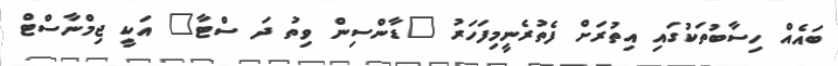
ބައެއް ހިސާބުތަކުގައި އިތުރަށް ފެތުރެނީމިފަހަރު "ޑާންސިން ވިތު ދަ ސްޓާ" އަކީ ޖިމްނާސްޓް